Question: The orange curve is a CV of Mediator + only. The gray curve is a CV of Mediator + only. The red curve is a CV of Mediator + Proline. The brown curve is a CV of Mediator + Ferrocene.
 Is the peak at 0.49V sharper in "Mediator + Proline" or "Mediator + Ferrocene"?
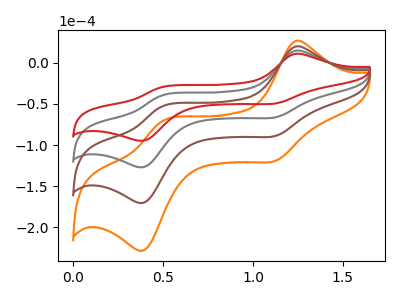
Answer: <think>The orange curve "Mediator + only" has anodic peaks at (1.25V, 44.20uA) (0.50V, -118.90uA) and cathodic peaks at (1.15V, -198.70uA) (0.40V, -379.60uA). The gray curve "Mediator + only" has anodic peaks at (1.25V, 14.75uA) (0.50V, -39.65uA) and cathodic peaks at (1.15V, -66.25uA) (0.40V, -126.55uA). The red curve "Mediator + Proline" has anodic peaks at (1.25V, 11.00uA) (0.50V, -29.55uA) and cathodic peaks at (1.15V, -49.40uA) (0.40V, -94.40uA). The brown curve "Mediator + Ferrocene" has anodic peaks at (1.25V, 29.45uA) (0.50V, -79.25uA) and cathodic peaks at (1.15V, -132.50uA) (0.40V, -253.05uA).</think>
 <answer>The peak at 0.49V is higher in "Mediator + Proline" than in "Mediator + Ferrocene".</answer>
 <eval>higher</eval>